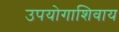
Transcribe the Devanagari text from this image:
उपयोगाशिवाय